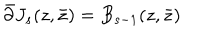
\bar { \partial } J _ { s } ( z , \bar { z } ) = B _ { s - 1 } ( z , \bar { z } )